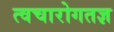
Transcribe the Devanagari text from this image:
त्वचारोगतज्ञ